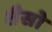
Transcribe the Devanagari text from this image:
तैसो